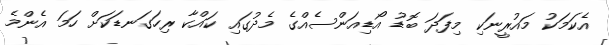
އެކަމަކު މައުރީނަކި މިފަދަ ބޮޑު އޯޑިއަންސެއްގެ މެދުގައި ކައްކާ ރިހަގަނޑަކަށް ހަމަ އެންމެ